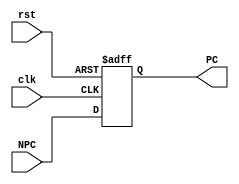

module PC (clk, rst, NPC, PC );

input clk;
input rst;
input [31:0] NPC;
output reg [31:0] PC;
 always @( posedge clk, posedge rst)
	if(rst)
		PC  <= 32'h0000_0000;
	else 
		PC <= NPC;
endmodule